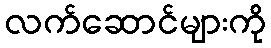
လက်ဆောင်များကို